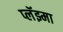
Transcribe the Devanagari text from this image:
प्लॅझ्मा